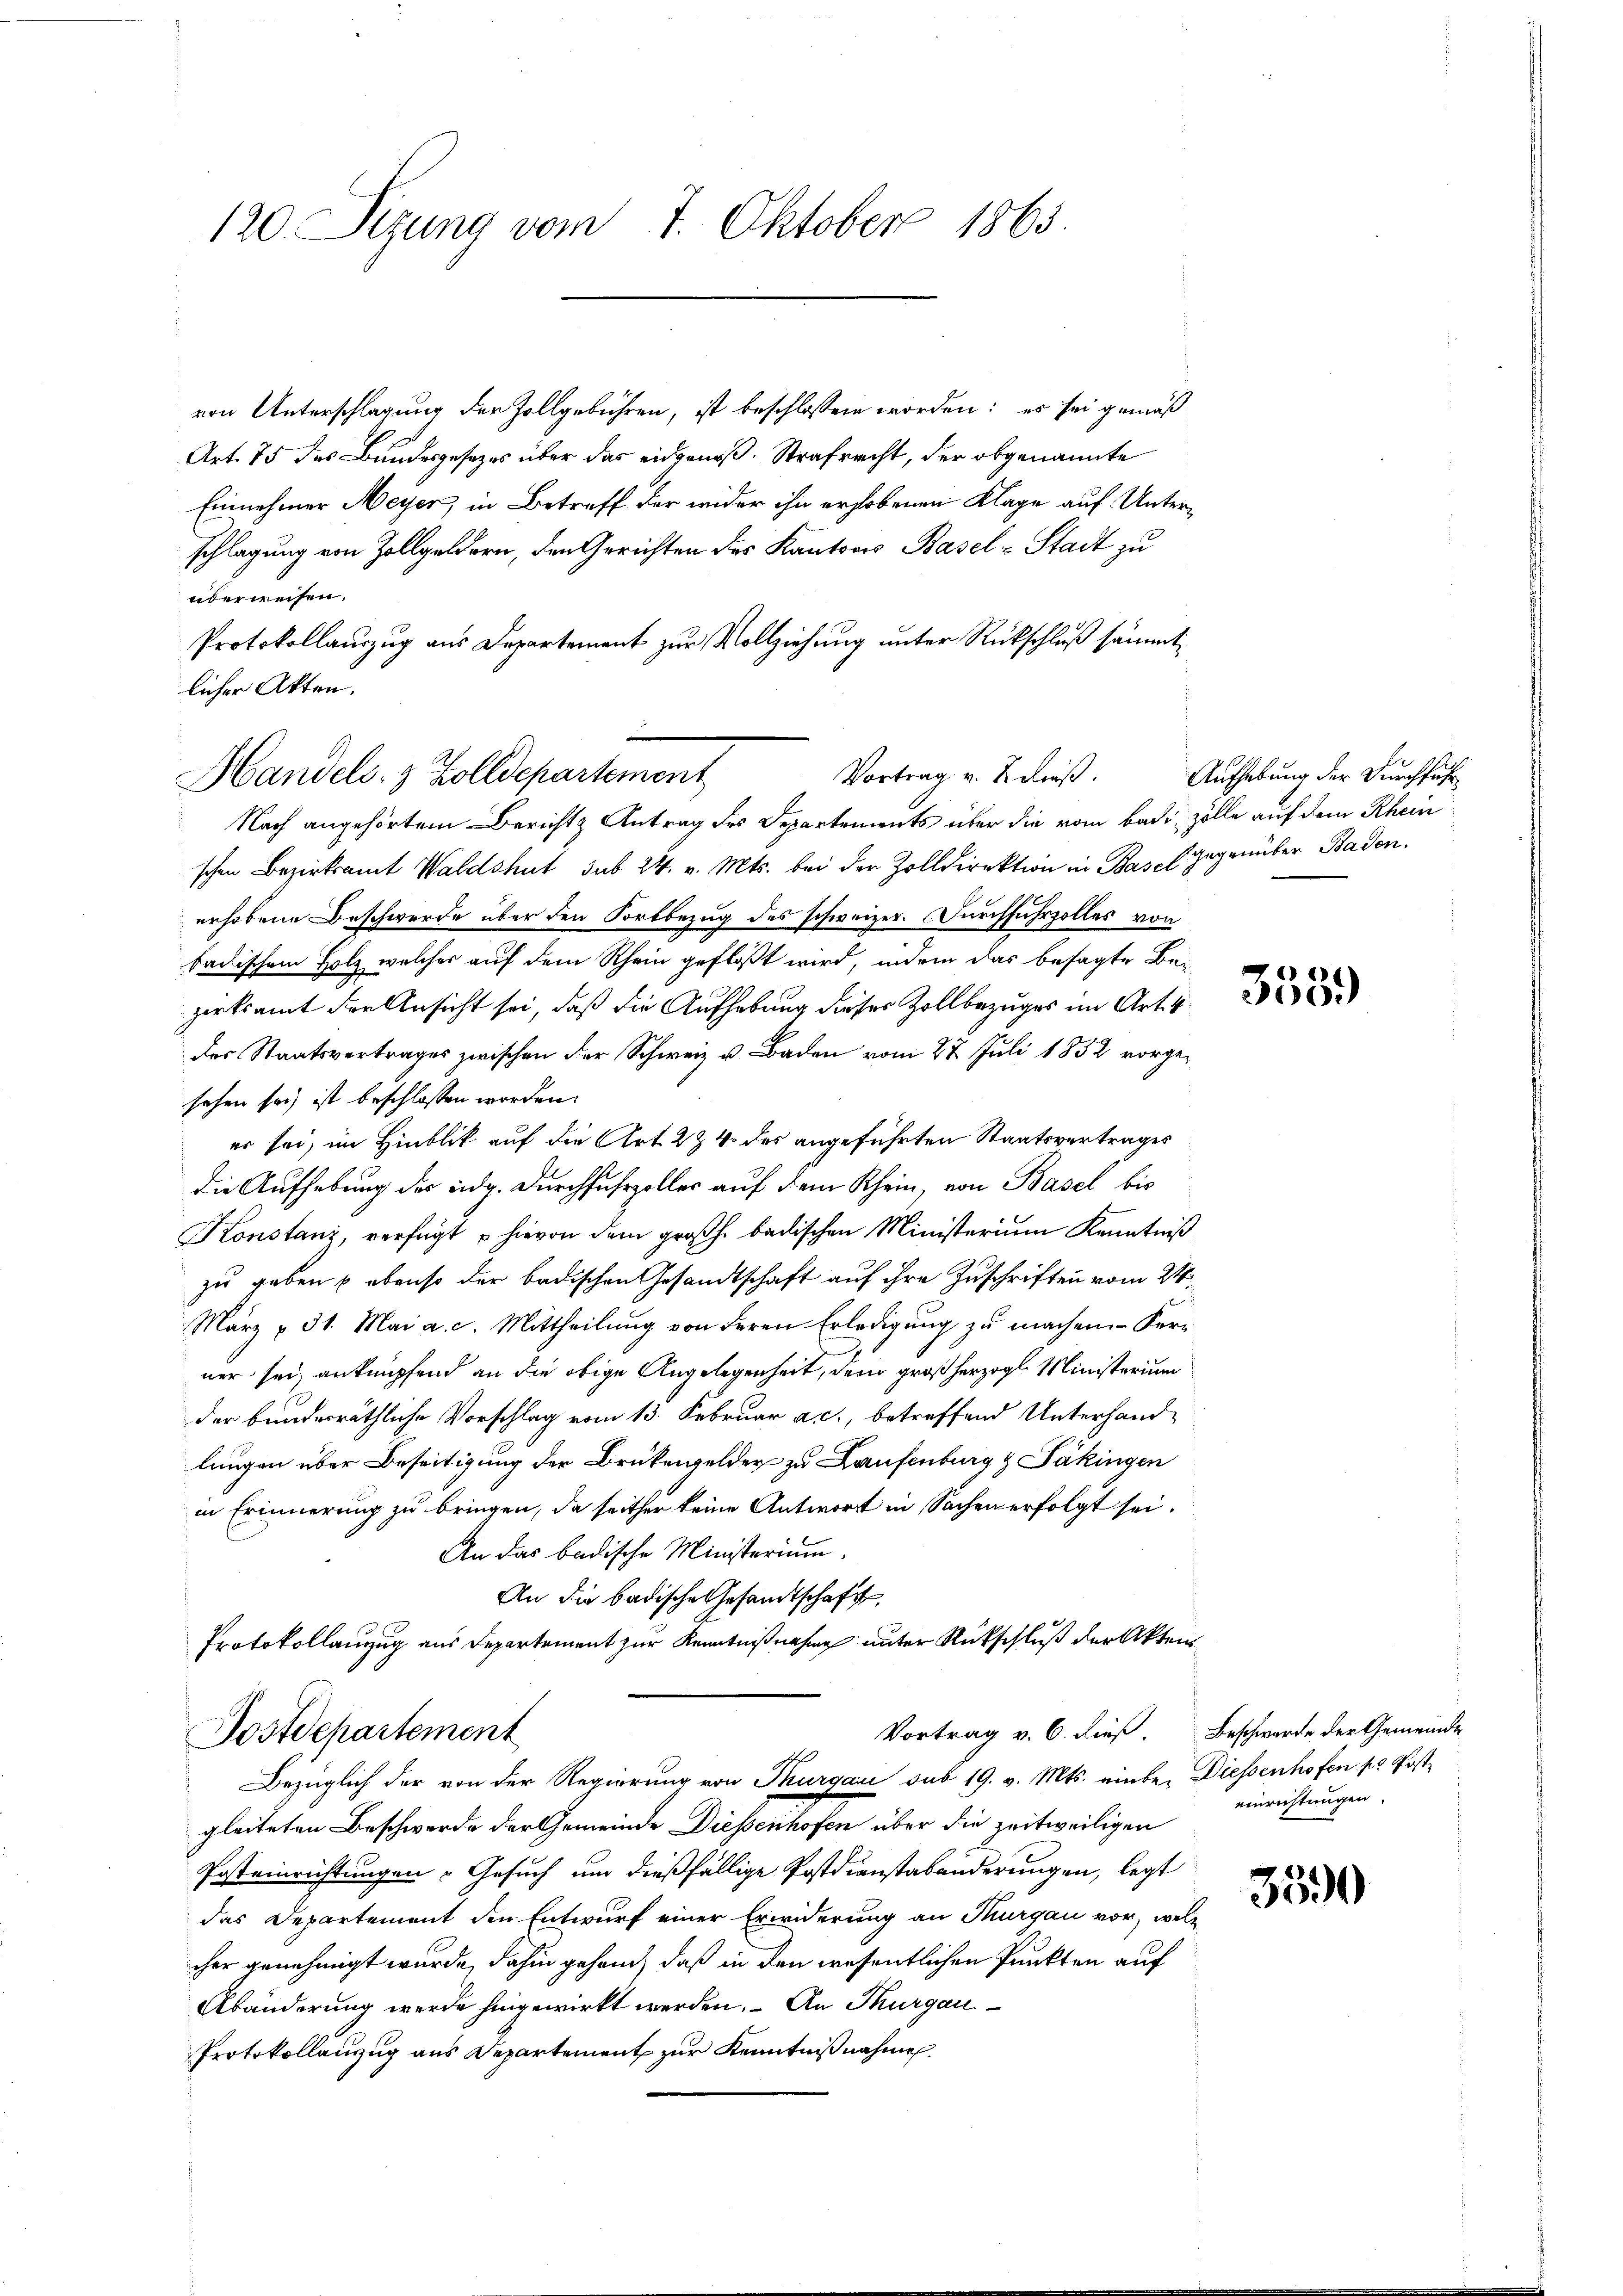
120. Sizung vom 7. Oktober 1863.

von Unterschlagung der Zollgebühren, ist beschlossen worden: es sei gemäß
Art. 75 des Bundesgesetzes über das eidgenoß. Strafrecht, der obgenannte
Einnehmer Meyer, in Betreff der wider ihn erhobenen Klage auf Unterschlagung von Zollgeldern, den Gerichten des Kantons Basel-Stadt zu
überweisen.
Protokollauszug aus Departement zur Vollziehung unter Rückschluß sämmtlicher Akten.
Nach angehörtem Berichts Antrag des Departements über die vom Badi zolle auf dem Rhein
schen Bezirksamt Waldshut sub 24. v. Mts. bei der Zolldirektion in Basel gegenüber Baden.
erhobene Beschwerde über den Fortbezug des schweizer. Durchfuhrzolles von
tadischem Holz welches auf dem Rhein geflöst wird, indem das besagte Be-
zirksamt der Ansicht sei, daß die Aufhebung dieses Zollbezuges im Art. 4
des Staatsvertrages zwischen der Schweiz u. Baden vom 27. Juli 1852 vorgesehen sei ist beschlossen worden.
er sei, im Hinblik auf die Art. 234 des angeführten Staatsvertrages
die Aufhebung des eidg. Durchfuhrzoller auf dem Rhein, von Basel bis
Konstanz, verfügt u hievon dem großh. badischen Ministerium Kenntniß
zu geben ebenso der badischen Gesandtschaft auf ihre Zuschriften vom 24
März u. 31. Mai a. c. Mittheilŭng von deren Erledigŭng zŭ machen. Feri
ner sei anknüpfend an die obige Angelegenheit, dem großherzogl. Ministerium
der bunderräthliche Vorschlag vom 13. Februar a. c., betreffend Unterhand-
lungen über Beseitigung der Brükengelder zu Laufenburg & Päkingen
in Erinnerung zu bringen, da seither keine Antwort in Sachen erfolgt sei.
An das badische Ministerium.
An die badische Gesandtschaft
Protokollanzug aus Departement zur Kenntnißnahme unter Rückschluß der Akten
Vortrag v. 6. dieß Beschwerde der Gemeinde
Postdepartement
Bezüglich der von der Regierung von Thurgau sub 19. v. Mts. einbe. Diessenhofen, pr Postgleiteten Beschwerde der Gemeinde Diessenhofen über die zeitweiligen
Posteinrichtungen Gesuch um dießfällige Postdienstabänderungen, legt
das Departement den Entwurf einer Erwiderung an Thurgau vor, welc
cher genehmigt wurde, dahin gehen, daß in den wesentlichen Punkten auf
Abänderung werde hingewirkt werden. An Thurgau
Protokollanzug aus Departement zur Kenntnißnahme

Handels- & Zolldepartement

Vortrag v. B dieß. Aufhebung der Durchführ

355.

einrichtungen.

3590